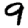
Digit: 9